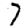
Digit: 7